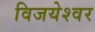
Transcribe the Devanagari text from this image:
विजयेश्वर